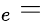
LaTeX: _e{}={}